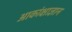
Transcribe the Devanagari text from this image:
आकांक्षाज्ञान